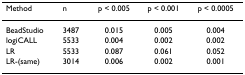
<table><thead><tr><td><b>Method</b></td><td><b>n</b></td><td><b>p &lt; 0.005</b></td><td><b>p &lt; 0.001</b></td><td><b>p &lt; 0.0005</b></td></tr></thead><tbody><tr><td>BeadStudio</td><td>3487</td><td>0.015</td><td>0.005</td><td>0.004</td></tr><tr><td>logiCALL</td><td>5533</td><td>0.004</td><td>0.002</td><td>0.002</td></tr><tr><td>LR</td><td>5533</td><td>0.087</td><td>0.061</td><td>0.052</td></tr><tr><td>LR-(same)</td><td>3014</td><td>0.006</td><td>0.002</td><td>0.001</td></tr></tbody></table>